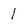
Character: 1